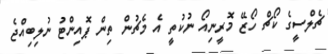
ޗެލްސީގެ ކޯޗް ހޯޒޭ މޮރީނިއޯ ނުކުތީ އެ މެޗުން ތިން ޕޮއިންޓު ނުލިބިއްޖެ